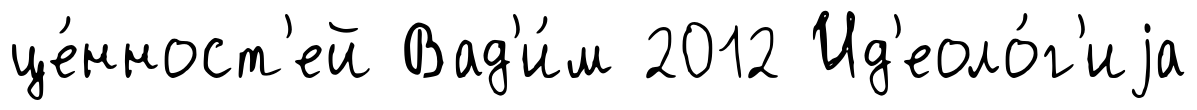
це́нност'ей Вад'и́м 2012 Ид'еоло́г'иjа